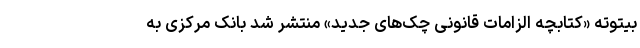
بیتوته «کتابچه الزامات قانونی چک‌های جدید» منتشر شد بانک مرکزی به